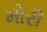
મોરી